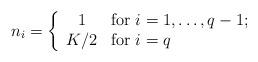
LaTeX: \begin{align*}n_i = \left\{ \begin{array}{cl} 1 & \mbox{for $i=1,\dots,q-1;$} \\ K/2 & \mbox{for $i=q$} \end{array} \right.\end{align*}